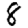
Digit: 8